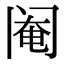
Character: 阉